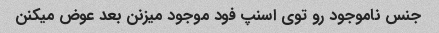
جنس ناموجود رو توی اسنپ فود موجود میزنن بعد عوض میکنن